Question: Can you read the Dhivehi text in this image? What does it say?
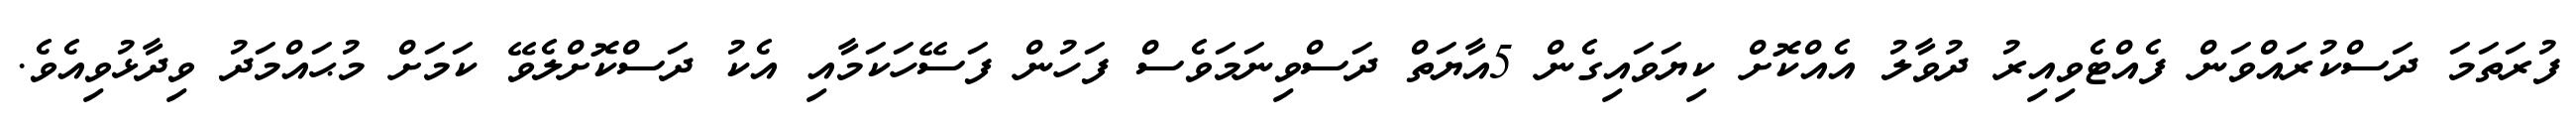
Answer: ފުރަތަމަ ދަސްކުރައްވަން ފެއްޓެވިއިރު ދުވާލު އެއްކޮށް ކިޔަވައިގެން 5އާޔަތް ދަސްވިނަމަވެސް ފަހުން ފަސޭހަކަމާއި އެކު ދަސްކޮށްލެވޭ ކަމަށް މުޙައްމަދު ވިދާޅުވިއެވެ.